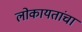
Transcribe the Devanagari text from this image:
लोकायतांचा